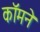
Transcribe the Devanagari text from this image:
कॉमने